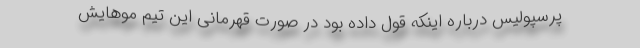
پرسپولیس درباره اینکه قول داده بود در صورت قهرمانی این تیم موهایش